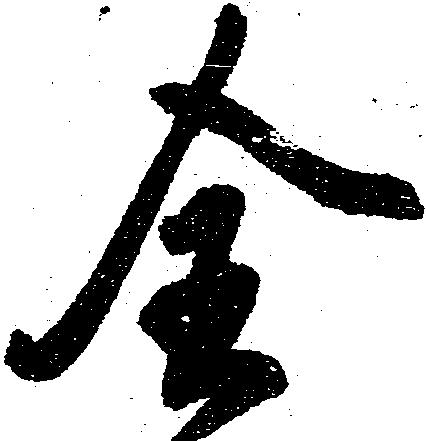
全